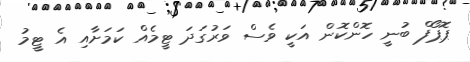
ޕޮޕޯފް ބުނީ ހޮންކޮން އަކީ ވެސް ވަރުގަދަ ޓީމެއް ކަމަށާއި އެ ޓީމު